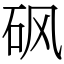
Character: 砜